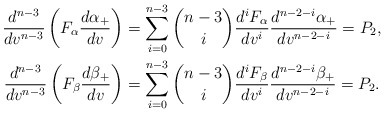
\begin{align*} \frac{d^{n-3}}{dv^{n-3}}\left(F_\alpha\frac{d\alpha_+}{dv}\right)&=\sum_{i=0}^{n-3}\binom{n-3}{i}\frac{d^iF_\alpha}{dv^i}\frac{d^{n-2-i}\alpha_+}{dv^{n-2-i}}=P_2,\\ \frac{d^{n-3}}{dv^{n-3}}\left(F_\beta\frac{d\beta_+}{dv}\right)&=\sum_{i=0}^{n-3}\binom{n-3}{i}\frac{d^iF_\beta}{dv^i}\frac{d^{n-2-i}\beta_+}{dv^{n-2-i}}=P_2.\end{align*}